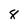
Character: 8